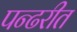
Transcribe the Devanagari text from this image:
पन्ढरीत